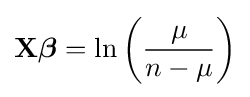
\mathbf {X} {\boldsymbol {\beta }}=\ln \left({\frac {\mu }{n-\mu }}\right)\,\!